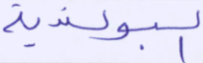
البولندية